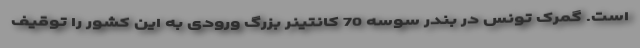
است. گمرک تونس در بندر سوسه 70 کانتینر بزرگ ورودی به این کشور را توقیف